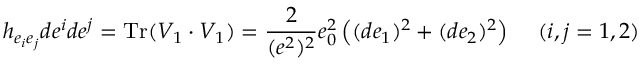
h _ { e _ { i } e _ { j } } d e ^ { i } d e ^ { j } = \mathrm { T r } ( V _ { 1 } \cdot V _ { 1 } ) = \frac 2 { ( e ^ { 2 } ) ^ { 2 } } e _ { 0 } ^ { 2 } \left( ( d e _ { 1 } ) ^ { 2 } + ( d e _ { 2 } ) ^ { 2 } \right) \, \quad ( i , j = 1 , 2 )